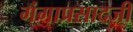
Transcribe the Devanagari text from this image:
गंगाप्रसादजी